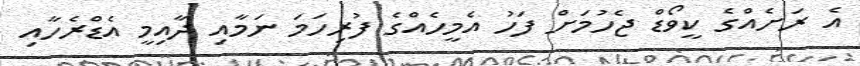
އެ ރަށެއްގެ ކީވޯޑް ޖެހުމަށް ފަހު އެމީހެއްގެ ފުރިހަމަ ނަމާއި ދާއިމީ އެޑްރެހާއި